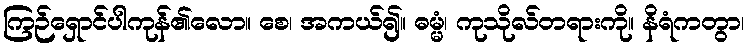
ကြဉ်ရှောင်ပါကုန်၏လော။ စေ၊ အကယ်၍။ ဓမ္မံ၊ ကုသိုလ်တရားကို။ နိရံကတွာ၊